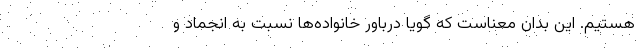
هستیم. این بدان معناست که گویا درباور خانواده‌ها نسبت به انجماد و